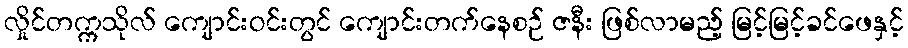
လှိုင်တက္ကသိုလ် ကျောင်းဝင်းတွင် ကျောင်းတက်နေစဉ် ဇနီး ဖြစ်လာမည့် မြင့်မြင့်ခင်ဖေနှင့်